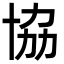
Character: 協